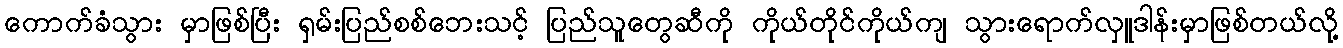
ကောက်ခံသွား မှာဖြစ်ပြီး ရှမ်းပြည်စစ်ဘေးသင့် ပြည်သူတွေဆီကို ကိုယ်တိုင်ကိုယ်ကျ သွားရောက်လှူဒါန်းမှာဖြစ်တယ်လို့